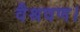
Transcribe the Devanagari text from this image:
वैश्रवण।